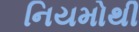
નિયમોથી